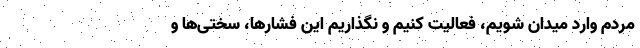
مردم وارد میدان شویم، فعالیت کنیم و نگذاریم این فشارها، سختی‌ها و